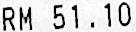
RM 51.10